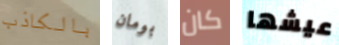
بالكاذب بومان كان عيشها